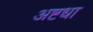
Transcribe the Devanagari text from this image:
अष्टधा